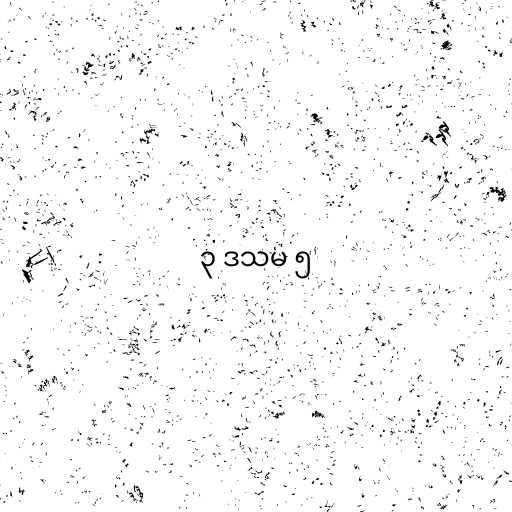
၃ ဒသမ ၅